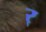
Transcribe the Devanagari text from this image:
र्‍